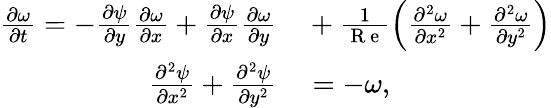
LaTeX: \begin{array}{rl}{\frac{\partial\omega}{\partial t}=-\frac{\partial\psi}{\partial y}\frac{\partial\omega}{\partial x}+\frac{\partial\psi}{\partial x}\frac{\partial\omega}{\partial y}}&{{}+\frac{1}{\mathrm{~R~e~}}\left(\frac{\partial^{2}\omega}{\partial x^{2}}+\frac{\partial^{2}\omega}{\partial y^{2}}\right)}\\ {\frac{\partial^{2}\psi}{\partial x^{2}}+\frac{\partial^{2}\psi}{\partial y^{2}}}&{{}=-\omega,}\end{array}